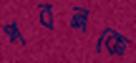
পবনকে